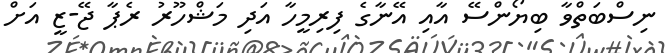
ނިސްބަތްވާ ބިޔޯންސޭ އާއި އޭނާގެ ފިރިމީހާ އަދި މަޝްހޫރު ރެޕާ ޖޭ-ޒީ އަށް